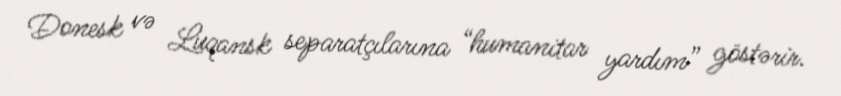
Donesk və Luqansk separatçılarına “humanitar yardım” göstərir.